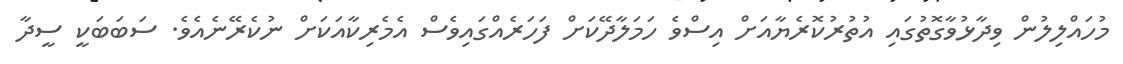
މުހައްލިލުން ވިދާޅުވާގޮތުގައި އުތުރުކޮރެޔާއަށް އިސްވެ ހަމަލާދޭކަށް ފަހަރެއްގައިވެސް އެމެރިކާއަކަށް ނުކެރޭނެއެވެ. ސަބަބަކީ ސީދާ